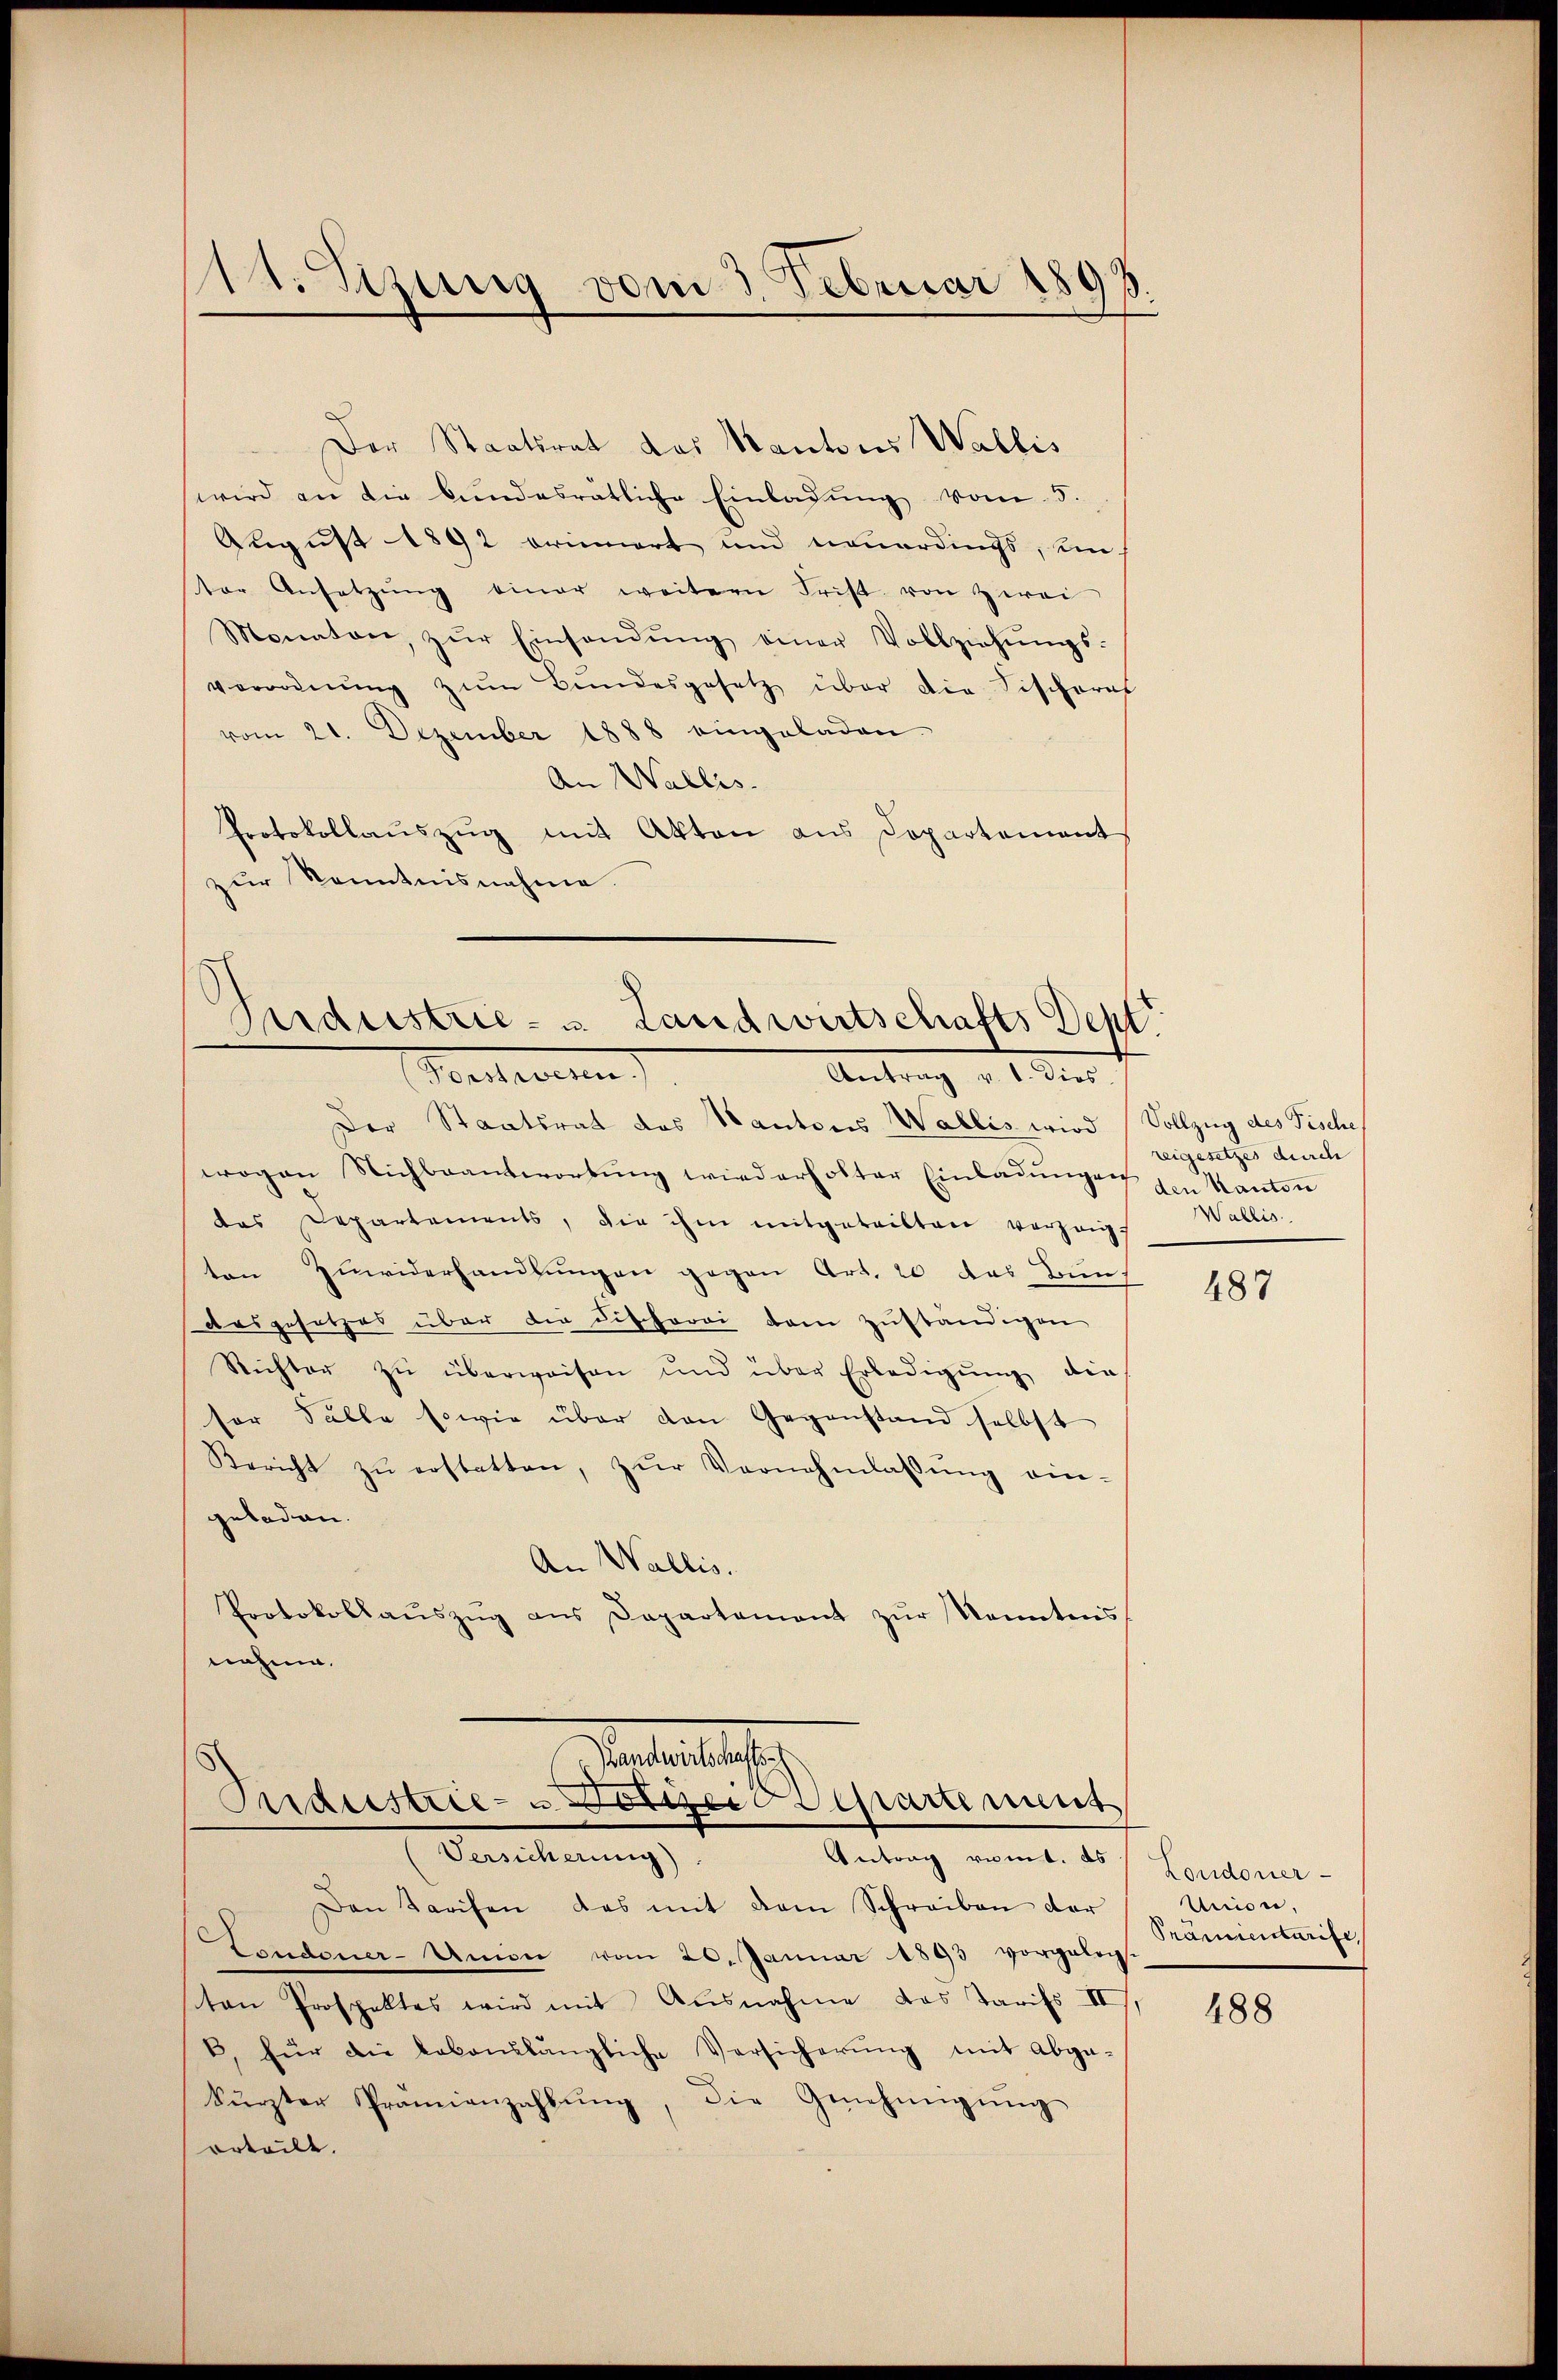
14. Szung vom 3. Februar 1898

Der Staatsrat das Kantons Wallis
wird an die bundesrätliche Einladŭng vom 5.
August 1892 erinnert und neuerdings, ein
ter Ansetzŭng einer weitern Frist von Zwei
Monaten, zŭr Einsandŭng einer Vollziehŭngs-
Verordnung zum Bundesgesetz über die Fischeres
vom 21. Dezember 1888 eingeladen.
An Wallis.
Protokollauszug mit Akten aus Dopartement
zur Kenntnisnahme.

Sendustrie- u. Landwirtschafts Dept.
Vorcherten
Antrag v. 2. der

Der Staatsrat des Kantons Wallis wird Vollzug des Fische
wogen Nichbeantwortung wiederholter Einladungen den Kanton
das Departements, die ihm mitgeteilten verzeig-
ten Zuwiderhandlungen gegen Art. 20 des Bun
Ausgesetzes über die Differei dem zuständigen
Richter zu überweisen und über Erledigŭng die
sor Falle sowie über den Gegenstand selbst
Bericht zŭ erstatten, zŭr Vernehmlassŭng ein-
geladen.
An Wallis.
Protokollaŭszŭg ans Departement zŭr Kenntnis
nahme.

Pertillsch
Industrie- u Sorger Separtement
(Versicherung).
Antrag rumt. Es

reigesetzes durch
Wallis.

Den Tarifen das mit dem Schreiben der
Londoner-Union vom 20. Januar 1893 vorgeleg
sten Prospektes wird mit Ausnahme das Tarifs III.
B. für die lebenslängliche Versicherŭng mit abge-
kürzter Prämienzahlŭng, die Genehmigŭng
orteilt.

487

Londoner-
Miser,
Prämientarise,

188